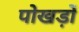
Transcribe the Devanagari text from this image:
पोखड़ों